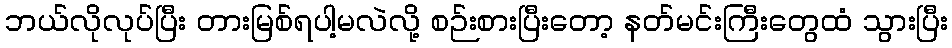
ဘယ်လိုလုပ်ပြီး တားမြစ်ရပါ့မလဲလို့ စဉ်းစားပြီးတော့ နတ်မင်းကြီးတွေထံ သွားပြီး